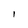
Character: I